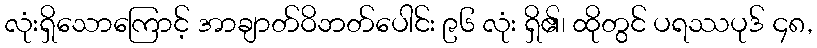
လုံးရှိသောကြောင့် အာချာတ်ဝိဘတ်ပေါင်း ၉၆ လုံး ရှိ၏၊ ထိုတွင် ပရဿပုဒ် ၄၈,